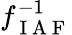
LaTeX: f_{\mathrm{~I~A~F~}}^{-1}